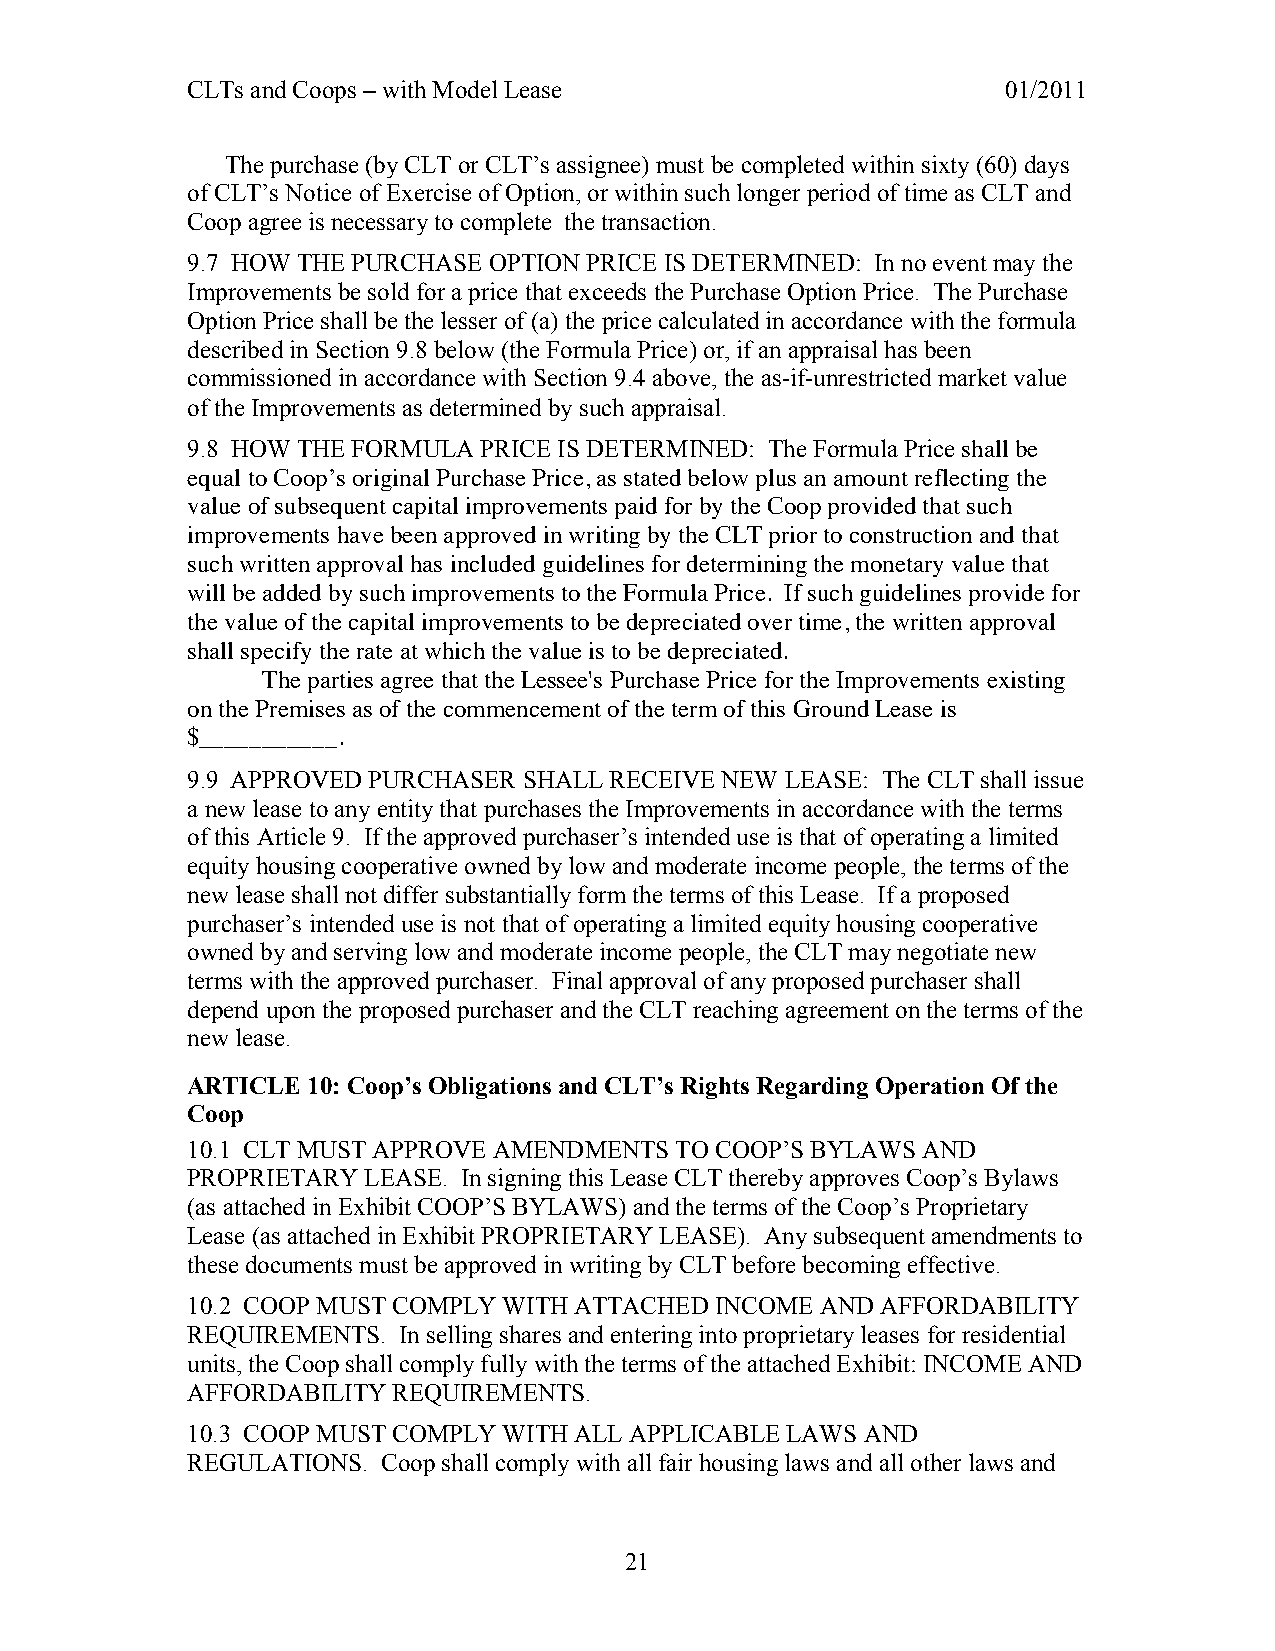
CLTs and Coops – with Model Lease                      01/2011
 The purchase (by CLT or CLT’s assignee) must be completed within sixty (60) days
 of CLT’s Notice of Exercise of Option, or within such longer period of time as CLT and
 Coop agree is necessary to complete the transaction.
 9.7 HOW THE PURCHASE OPTION PRICE IS DETERMINED: In no event may the
 Improvements be sold for a price that exceeds the Purchase Option Price. The Purchase
 Option Price shall be the lesser of (a) the price calculated in accordance with the formula
 described in Section 9.8 below (the Formula Price) or, if an appraisal has been
 commissioned in accordance with Section 9.4 above, the as-if-unrestricted market value
 of the Improvements as determined by such appraisal.
 9.8 HOW THE FORMULA PRICE IS DETERMINED: The Formula Price shall be
 equal to Coop’s original Purchase Price, as stated below plus an amount reflecting the
 value of subsequent capital improvements paid for by the Coop provided that such
 improvements have been approved in writing by the CLT prior to construction and that
 such written approval has included guidelines for determining the monetary value that
 will be added by such improvements to the Formula Price. If such guidelines provide for
 the value of the capital improvements to be depreciated over time, the written approval
 shall specify the rate at which the value is to be depreciated.
 The parties agree that the Lessee's Purchase Price for the Improvements existing
 on the Premises as of the commencement of the term of this Ground Lease is
 $___________.
 9.9 APPROVED PURCHASER SHALL RECEIVE NEW LEASE: The CLT shall issue
 a new lease to any entity that purchases the Improvements in accordance with the terms
 of this Article 9. If the approved purchaser’s intended use is that of operating a limited
 equity housing cooperative owned by low and moderate income people, the terms of the
 new lease shall not differ substantially form the terms of this Lease. If a proposed
 purchaser’s intended use is not that of operating a limited equity housing cooperative
 owned by and serving low and moderate income people, the CLT may negotiate new
 terms with the approved purchaser. Final approval of any proposed purchaser shall
 depend upon the proposed purchaser and the CLT reaching agreement on the terms of the
 new lease.
 ARTICLE 10: Coop’s Obligations and CLT’s Rights Regarding Operation Of the
 Coop
 10.1 CLT MUST APPROVE AMENDMENTS TO COOP’S BYLAWS AND
 PROPRIETARY LEASE. In signing this Lease CLT thereby approves Coop’s Bylaws
 (as attached in Exhibit COOP’S BYLAWS) and the terms of the Coop’s Proprietary
 Lease (as attached in Exhibit PROPRIETARY LEASE). Any subsequent amendments to
 these documents must be approved in writing by CLT before becoming effective.
 10.2 COOP MUST COMPLY WITH ATTACHED INCOME AND AFFORDABILITY
 REQUIREMENTS. In selling shares and entering into proprietary leases for residential
 units, the Coop shall comply fully with the terms of the attached Exhibit: INCOME AND
 AFFORDABILITY REQUIREMENTS.
 10.3 COOP MUST COMPLY WITH ALL APPLICABLE LAWS AND
 REGULATIONS. Coop shall comply with all fair housing laws and all other laws and
 21